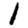
Digit: 1